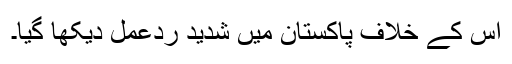
اس کے خلاف پاکستان میں شدید ردعمل دیکھا گیا۔